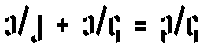
၁/၂ + ၁/၄ = ၃/၄